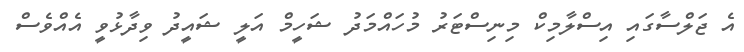
އެ ޖަލްސާގައި އިސްލާމިކް މިނިސްޓަރު މުހައްމަދު ޝަހީމް އަލީ ޝައީދު ވިދާޅުވީ އެއްވެސް